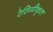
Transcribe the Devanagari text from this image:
रेसिमीकृत